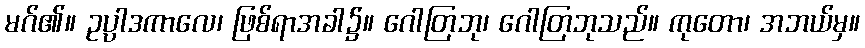
မဂ်၏။ ဥပ္ပါဒကာလေ၊ ဖြစ်ရာအခါ၌။ ဂေါတြဘု၊ ဂေါတြဘုသည်။ ကုတော၊ အဘယ်မှ။